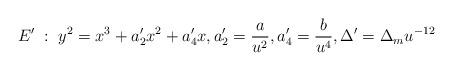
LaTeX: \begin{align*} E' \; : \; y^2 = x^3 + a_2' x^2 + a_4' x, a_2' = \frac{a}{u^2}, a_4' = \frac{b}{u^4}, \Delta' = \Delta_m u^{-12}\end{align*}